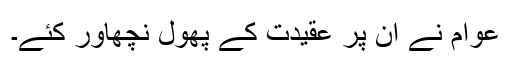
عوام نے ان پر عقیدت کے پھول نچھاور کئے۔